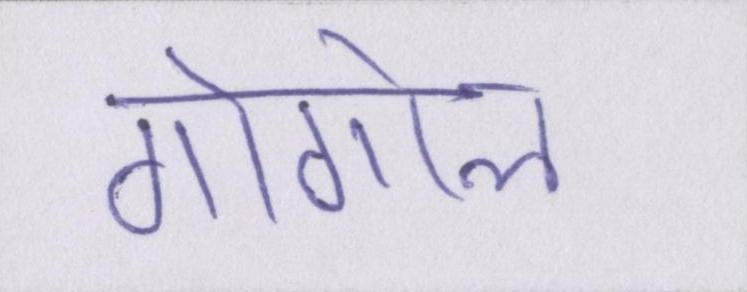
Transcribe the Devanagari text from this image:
गोगोल